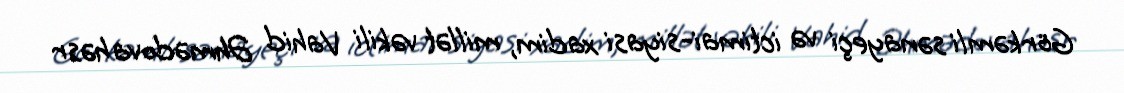
Görkəmli sənayeçi və ictimai-siyasi xadim, millət vəkili Vahid Əhmədova həsr